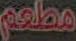
مطعم